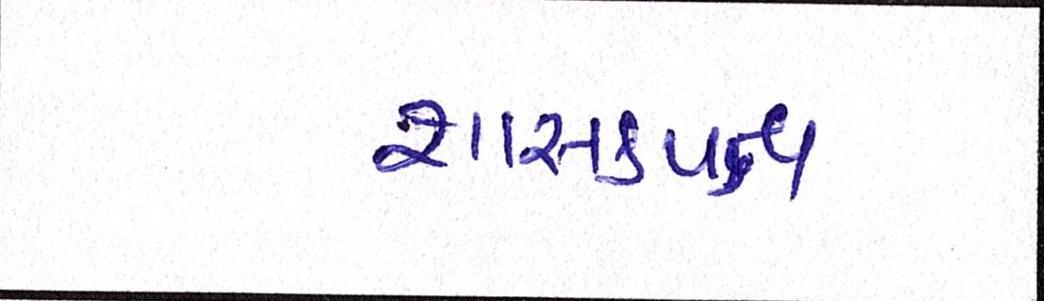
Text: શાસકપક્ષ